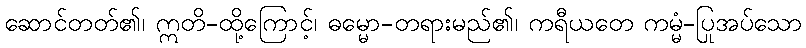
ဆောင်တတ်၏၊ ဣတိ-ထို့ကြောင့်၊ ဓမ္မော-တရားမည်၏၊ ကရီယတေ ကမ္မံ-ပြုအပ်သော